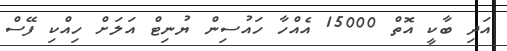
އަދި ބާކީ އޮތް 15000 އެއްހާ ހައުސިން ޔުނިޓް އަލަށް ހިއްކި ފޭސް